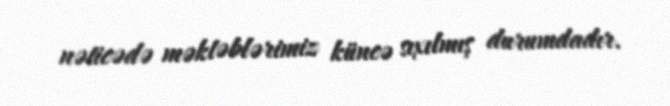
nəticədə məktəblərimiz küncə sıxılmış durumdadır.